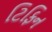
ટિફિન